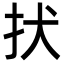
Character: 㧋